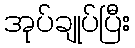
အုပ်ချုပ်ပြီး